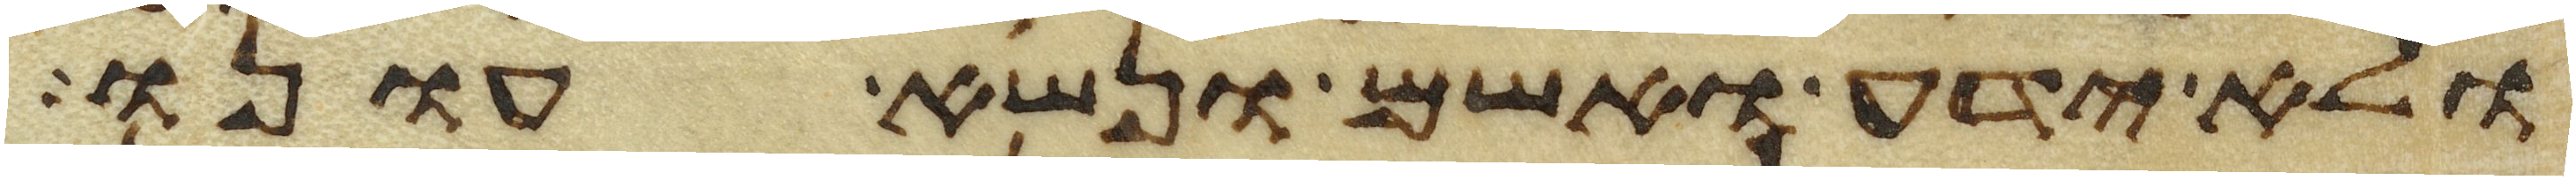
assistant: ולא ידע ואשם ונשא עונו